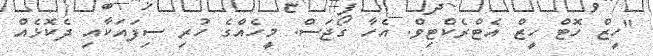
"ހީޒް ހޮޓް ހީޒް އެޓްރެކްޓިވް. އެހާ ގޯޖަސް. މީހެއްގެ ހުރި ސިފައަކާއި ދެކޮޅެއް